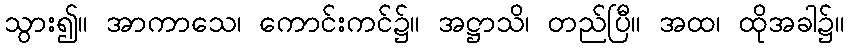
သွား၍။ အာကာသေ၊ ကောင်းကင်၌။ အဋ္ဌာသိ၊ တည်ပြီ။ အထ၊ ထိုအခါ၌။